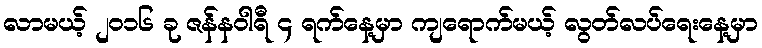
လာမယ့် ၂၀၁၆ ခု ဇန်နဝါရီ ၄ ရက်နေ့မှာ ကျရောက်မယ့် လွတ်လပ်ရေးနေ့မှာ